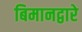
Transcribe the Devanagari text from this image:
बिमानद्वारे